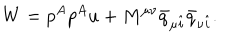
W = p ^ { A } p ^ { A } u + M ^ { \mu \nu } \bar { q } _ { \mu \hat { i } } \bar { q } _ { \nu \hat { i } } .